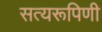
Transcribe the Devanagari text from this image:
सत्यरूपिणी